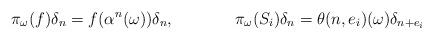
LaTeX: \begin{align*} &\pi_\omega(f)\delta_n = f(\alpha^{n}(\omega))\delta_n, &&\pi_\omega(S_i)\delta_n = \theta(n,e_i)(\omega)\delta_{n+e_i}\end{align*}